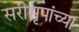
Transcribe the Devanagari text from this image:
सरीसृपांच्या